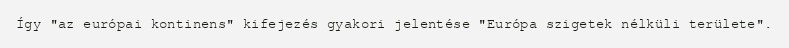
Így "az európai kontinens" kifejezés gyakori jelentése "Európa szigetek nélküli területe".